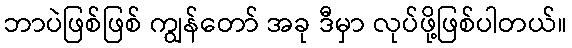
ဘာပဲဖြစ်ဖြစ် ကျွန်တော် အခု ဒီမှာ လုပ်ဖို့ဖြစ်ပါတယ်။